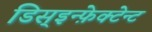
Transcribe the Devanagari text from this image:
डिस्इन्फ़ेक्टेन्ट